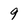
Character: 9